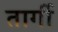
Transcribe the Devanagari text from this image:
तार्गी